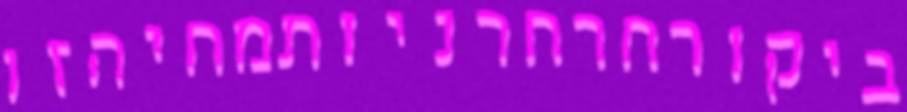
ביקורחרחרניותמחיהזו